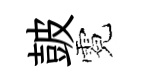
皷霓